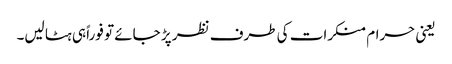
یعنی حرام منکرات کی طرف نظر پڑ جائے تو فوراً ہی ہٹا لیں۔